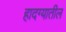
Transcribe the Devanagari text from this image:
हादग्यातील